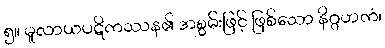
၅။ မူလာယပဋိကဿန၏ အစွမ်းဖြင့် ဖြစ်သော နိဂ္ဂဟကံ၊